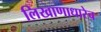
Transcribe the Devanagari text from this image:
लिखाणाधारेच